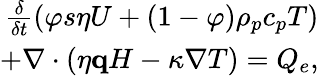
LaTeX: \begin{array}{r}{\frac{\delta}{\delta t}\left(\varphi s\eta U+\left(1-\varphi\right)\rho_{p}c_{p}T\right)}\\ {+\nabla\cdot\left(\eta\mathbf{q}H-\kappa\nabla T\right)=Q_{e},}\end{array}